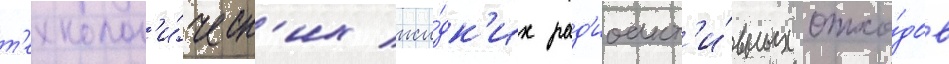
т'ехнолог'и́ческ'их жи́дк'их рад'иоакт'и́вных отхо́дов